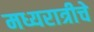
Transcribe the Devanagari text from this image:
मध्यरात्रीचे